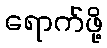
ရောက်ဖို့